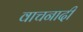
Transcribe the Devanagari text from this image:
वाचनादी